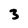
Character: 3